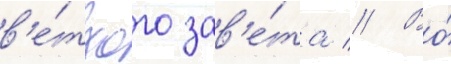
в'е́тхого зав'е́та // Во́